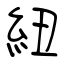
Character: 紐